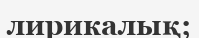
лирикалық;